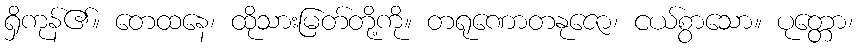
ရှိကုန်၏။ တေထနေ၊ ထိုသားမြတ်တို့ကို။ တရုဏောတနုဇော၊ ငယ်စွာသော။ ပုတ္တော၊